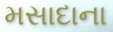
મસાદાના